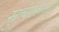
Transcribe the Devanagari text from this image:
सुचारुता